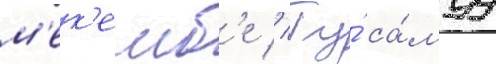
м'ек'емб'е // Ту́ са́муу